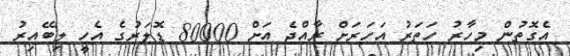
އެގޮތުން މިހާރު ހަތަރު އަހަރަށް ރާއްޖެ އަށް 80000 ޑޮލަރުގެ އެހީ ލިބޭއިރު